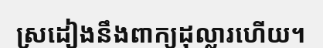
ស្រដៀងនឹងពាក្យដុល្លារហើយ។